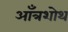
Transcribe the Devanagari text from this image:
आँत्रशोथ